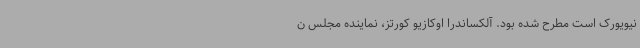
نیویورک است مطرح شده بود. آلکساندرا اوکازیو کورتز، نماینده مجلس ن